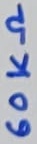
Text: 60KΩ